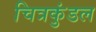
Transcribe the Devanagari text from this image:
चित्रकुंडल